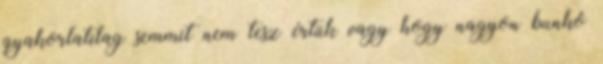
gyakorlatilag semmit nem tesz értük vagy hogy nagyon bunkó